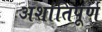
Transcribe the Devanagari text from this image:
अशांतिपूर्ण